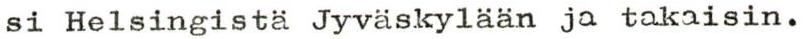
si Helsingistä Jyväskylään ja takaisin.